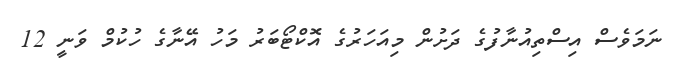
ނަމަވެސް އިސްތިއުނާފުގެ ދަށުން މިއަހަރުގެ އޮކްޓޯބަރު މަހު އޭނާގެ ހުކުމް ވަނީ 12